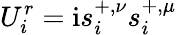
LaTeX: U_{i}^{r}=\mathrm{i}s_{i}^{+,\nu}s_{i}^{+,\mu}